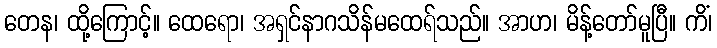
တေန၊ ထို့ကြောင့်။ ထေရော၊ အရှင်နာဂသိန်မထေရ်သည်။ အာဟ၊ မိန့်တော်မူပြီ။ ကိံ၊